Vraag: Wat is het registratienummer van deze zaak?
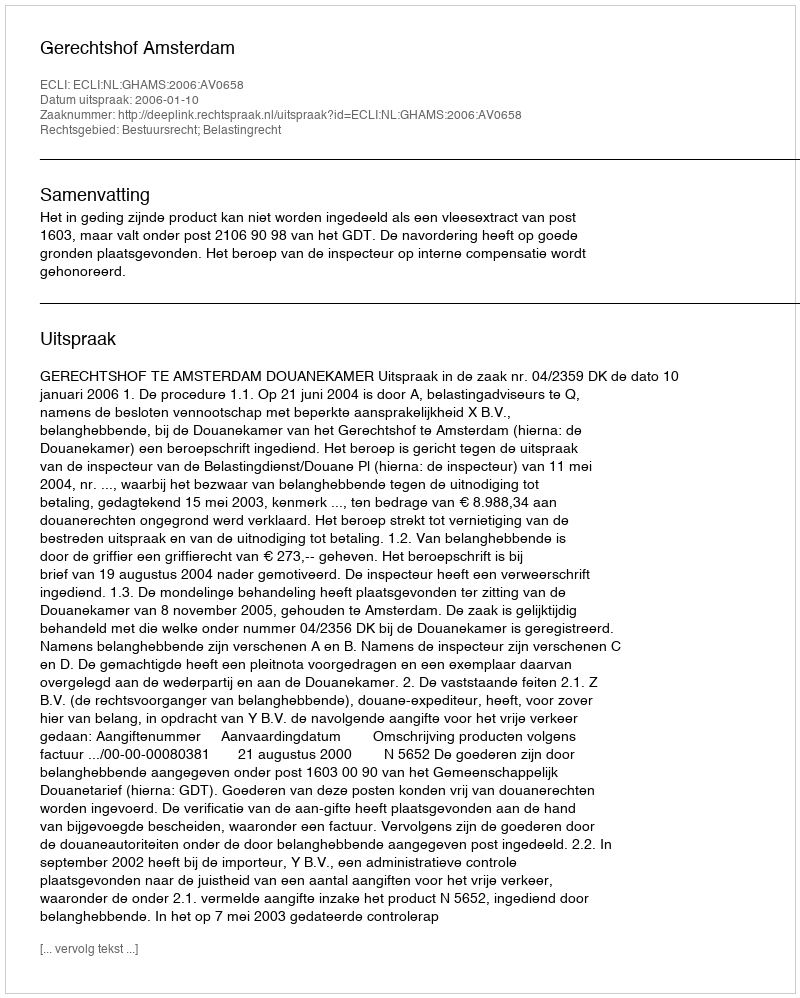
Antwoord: http://deeplink.rechtspraak.nl/uitspraak?id=ECLI:NL:GHAMS:2006:AV0658